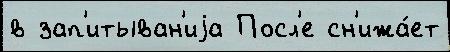
в зап'итыван'иjа Посл'е сн'ижа́ет